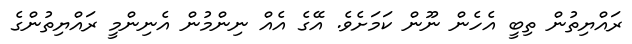
ރައްޔިތުން ތިބީ އެހެން ނޫން ކަމަށެވެ. އޭގެ އެއް ނިންމުން އެނިންމީ ރައްޔިތުންގެ